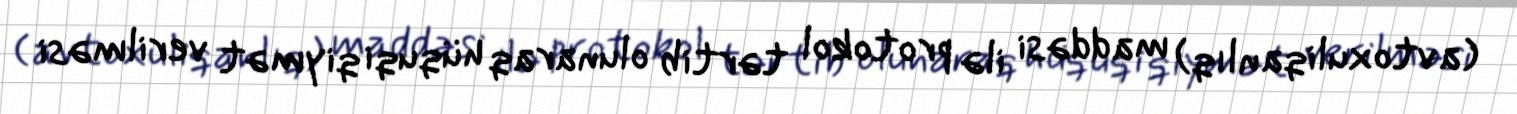
(avtoxuliqanlıq) maddəsi ilə protokol tərtib olunaraq hüquqi qiymət verilməsi